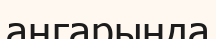
аңгарында